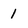
Character: 1